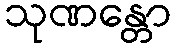
သုဏန္တော